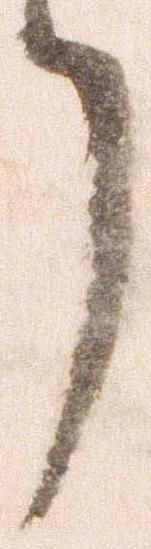
了